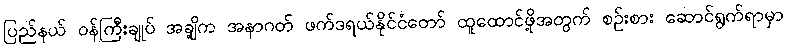
ပြည်နယ် ဝန်ကြီးချုပ် အချို့က အနာဂတ် ဖက်ဒရယ်နိုင်ငံတော် ထူထောင်ဖို့အတွက် စဉ်းစား ဆောင်ရွက်ရာမှာ